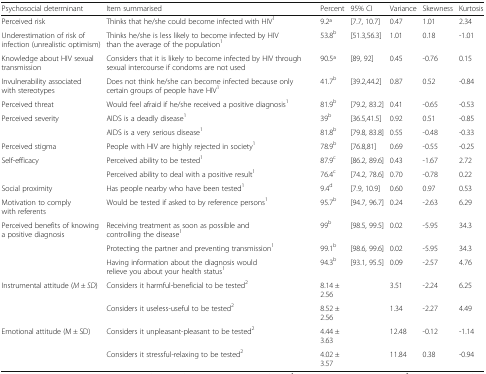
<table><thead><tr><td><b>Psychosocial determinant</b></td><td><b>Item summarised</b></td><td><b>Percent</b></td><td><b>95% CI</b></td><td><b>Variance</b></td><td><b>Skewness</b></td><td><b>Kurtosis</b></td></tr></thead><tbody><tr><td>Perceived risk</td><td>Thinks that he/she could become infected with HIV<sup>1</sup></td><td>9.2a</td><td>[7.7, 10.7]</td><td>0.47</td><td>1.01</td><td>2.34</td></tr><tr><td>Underestimation of risk of infection (unrealistic optimism)</td><td>Thinks he/she is less likely to become infected by HIV than the average of the population<sup>1</sup></td><td>53.8<sup>b</sup></td><td>[51.3,56.3]</td><td>1.01</td><td>0.18</td><td>-1.01</td></tr><tr><td>Knowledge about HIV sexual transmission</td><td>Considers that it is likely to become infected by HIV through sexual intercourse if condoms are not used</td><td>90.5a</td><td>[89, 92]</td><td>0.45</td><td>-0.76</td><td>0.15</td></tr><tr><td>Invulnerability associated with stereotypes</td><td>Does not think he/she can become infected because only certain groups of people have HIV<sup>1</sup></td><td>41.7<sup>b</sup></td><td>[39.2,44.2]</td><td>0.87</td><td>0.52</td><td>-0.84</td></tr><tr><td>Perceived threat</td><td>Would feel afraid if he/she received a positive diagnosis<sup>1</sup></td><td>81.9<sup>b</sup></td><td>[79.2, 83.2]</td><td>0.41</td><td>-0.65</td><td>-0.53</td></tr><tr><td>Perceived severity</td><td>AIDS is a deadly disease<sup>1</sup></td><td>39<sup>b</sup></td><td>[36.5,41.5]</td><td>0.92</td><td>0.51</td><td>-0.85</td></tr><tr><td></td><td>AIDS is a very serious disease<sup>1</sup></td><td>81.8<sup>b</sup></td><td>[79.8, 83.8]</td><td>0.55</td><td>-0.48</td><td>-0.33</td></tr><tr><td>Perceived stigma</td><td>People with HIV are highly rejected in society<sup>1</sup></td><td>78.9<sup>b</sup></td><td>[76.8,81]</td><td>0.69</td><td>-0.55</td><td>-0.25</td></tr><tr><td>Self-efficacy</td><td>Perceived ability to be tested<sup>1</sup></td><td>87.9<sup>c</sup></td><td>[86.2, 89.6]</td><td>0.43</td><td>-1.67</td><td>2.72</td></tr><tr><td></td><td>Perceived ability to deal with a positive result<sup>1</sup></td><td>76.4<sup>c</sup></td><td>[74.2, 78.6]</td><td>0.70</td><td>-0.78</td><td>0.22</td></tr><tr><td>Social proximity</td><td>Has people nearby who have been tested<sup>1</sup></td><td>9.4<sup>d</sup></td><td>[7.9, 10.9]</td><td>0.60</td><td>0.97</td><td>0.53</td></tr><tr><td>Motivation to comply with referents</td><td>Would be tested if asked to by reference persons<sup>1</sup></td><td>95.7<sup>b</sup></td><td>[94.7, 96.7]</td><td>0.24</td><td>-2.63</td><td>6.29</td></tr><tr><td>Perceived benefits of knowing a positive diagnosis</td><td>Receiving treatment as soon as possible and controlling the disease<sup>1</sup></td><td>99<sup>b</sup></td><td>[98.5, 99.5]</td><td>0.02</td><td>-5.95</td><td>34.3</td></tr><tr><td></td><td>Protecting the partner and preventing transmission<sup>1</sup></td><td>99.1<sup>b</sup></td><td>[98.6, 99.6]</td><td>0.02</td><td>-5.95</td><td>34.3</td></tr><tr><td></td><td>Having information about the diagnosis would relieve you about your health status<sup>1</sup></td><td>94.3<sup>b</sup></td><td>[93.1, 95.5]</td><td>0.09</td><td>-2.57</td><td>4.76</td></tr><tr><td>Instrumental attitude (<i>M</i> ± <i>SD</i>)</td><td>Considers it harmful-beneficial to be tested<sup>2</sup></td><td>8.14 ± 2.56</td><td></td><td>3.51</td><td>-2.24</td><td>6.25</td></tr><tr><td></td><td>Considers it useless-useful to be tested<sup>2</sup></td><td>8.52 ± 2.56</td><td></td><td>1.34</td><td>-2.27</td><td>4.49</td></tr><tr><td>Emotional attitude (M ± SD)</td><td>Considers it unpleasant-pleasant to be tested<sup>2</sup></td><td>4.44 ± 3.63</td><td></td><td>12.48</td><td>-0.12</td><td>-1.14</td></tr><tr><td></td><td>Considers it stressful-relaxing to be tested<sup>2</sup></td><td>4.02 ± 3.57</td><td></td><td>11.84</td><td>0.38</td><td>-0.94</td></tr></tbody></table>